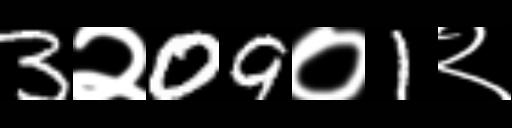
Text: 3२09०1२